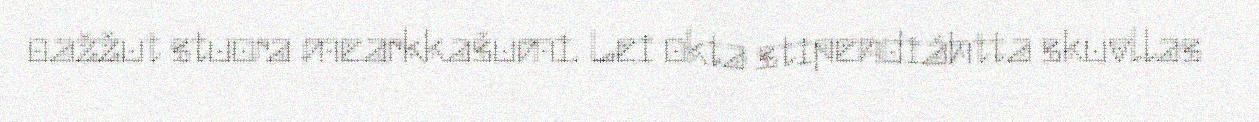
oažžut stuora mearkkašumi. Lei okta stipendiáhtta skuvllas